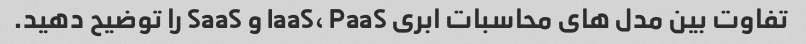
تفاوت بین مدل های محاسبات ابری IaaS، PaaS و SaaS را توضیح دهید.